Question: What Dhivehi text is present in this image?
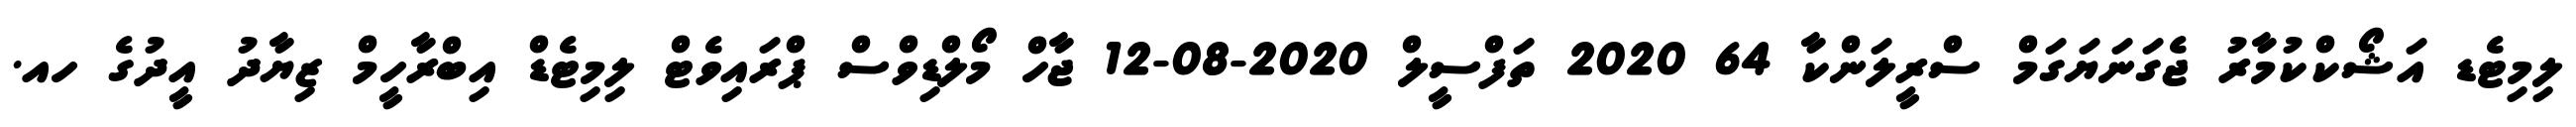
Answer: ލިމިޓެޑ އަޝޯކްކުމާރު ޖެގަނަޔަގަމް ސްރީލަންކާ 64 2020 ތަފްސީލް 2020-08-12 ޖާހް މޯލްޑިވްސް ޕްރައިވެޓް ލިމިޓެޑް އިބްރާހީމް ޒިޔާދު އީދުގެ ހއ.